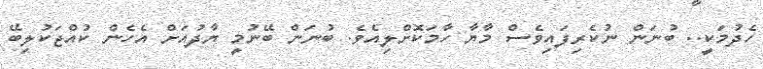
ހެދުމަކީ.. ބުނަން ނުކެރިފައިވެސް މާޔާ ހާމަކޮށްލިއެވެ. ބުނަން ބޭނުމީ ޔާދުއަށް އެހެން ކުއްޖަކުލިބޭ